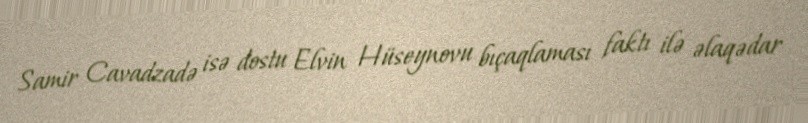
Samir Cavadzadə isə dostu Elvin Hüseynovu bıçaqlaması faktı ilə əlaqədar